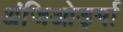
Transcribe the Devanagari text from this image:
अंजिओड़र्मा